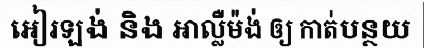
អៀរឡង់ និង អាល្លឺម៉ង់ ឲ្យ កាត់បន្ថយ